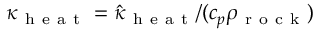
\kappa _ { \mathrm { ~ h ~ e ~ a ~ t ~ } } = \hat { \kappa } _ { \mathrm { ~ h ~ e ~ a ~ t ~ } } / ( c _ { p } \rho _ { \mathrm { ~ r ~ o ~ c ~ k ~ } } )